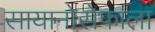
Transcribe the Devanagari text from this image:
सायानोसेफाला